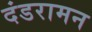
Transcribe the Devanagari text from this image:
दंडरामन